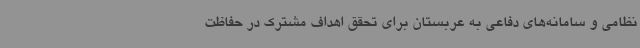
نظامی و سامانه‌های دفاعی به عربستان برای تحقق اهداف مشترک در حفاظت